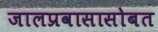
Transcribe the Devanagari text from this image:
जालप्रवासासोबत